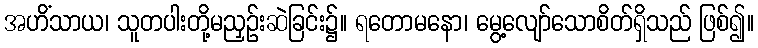
အဟိံသာယ၊ သူတပါးတို့မညှဉ်းဆဲခြင်း၌။ ရတောမနော၊ မွေ့လျော်သောစိတ်ရှိသည် ဖြစ်၍။